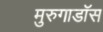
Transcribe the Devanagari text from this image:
मुरुगाडॉस